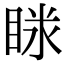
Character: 𥇫